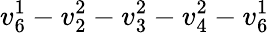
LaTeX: v_{6}^{1}-v_{2}^{2}-v_{3}^{2}-v_{4}^{2}-v_{6}^{1}